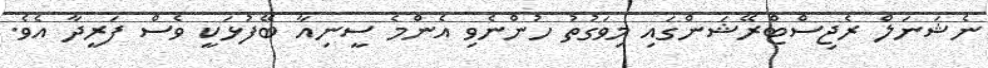
ނެޝަނަލް ރެޖިސްޓްރޭޝަންގައި މިވަގުތު ހުންނެވި އެންމެ ސީނިއާ ބޭފުޅަކީ ވެސް ފަރީދާ އެވެ.